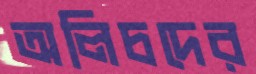
অলিচদের